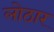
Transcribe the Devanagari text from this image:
लोठार